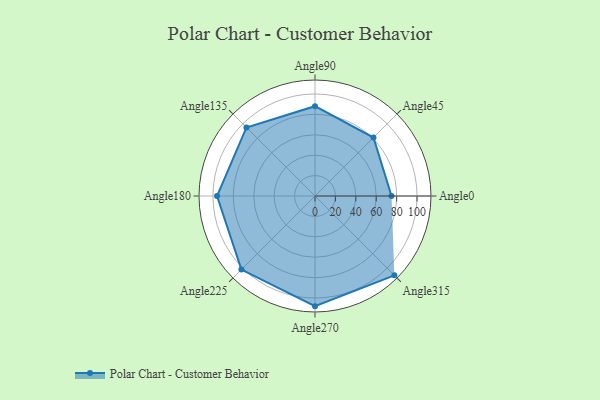
{"axis": {"x": "Angle", "y": "Radius"}, "legend": [""], "data": [{"x": "Angle0", "y": 75.0, "type": ""}, {"x": "Angle45", "y": 81.0, "type": ""}, {"x": "Angle90", "y": 88.0, "type": ""}, {"x": "Angle135", "y": 95.0, "type": ""}, {"x": "Angle180", "y": 96.0, "type": ""}, {"x": "Angle225", "y": 102.0, "type": ""}, {"x": "Angle270", "y": 108.0, "type": ""}, {"x": "Angle315", "y": 110.0, "type": ""}]}